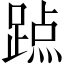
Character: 𨃊